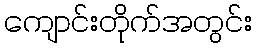
ကျောင်းတိုက်အတွင်း